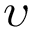
\upsilon